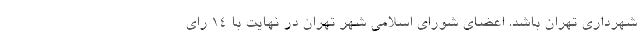
شهرداری تهران باشد. اعضای شورای اسلامی شهر تهران در نهایت با ۱۴ رای